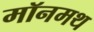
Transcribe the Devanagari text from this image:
मॉनमथ